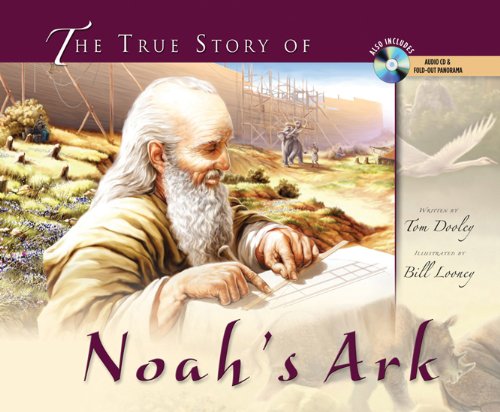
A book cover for The True Story of Noah's Ark (with audio CD and pull-out spread); Tom Dooley; Christian Books & Bibles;